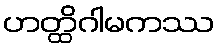
ဟတ္ထိဂါမကဿ